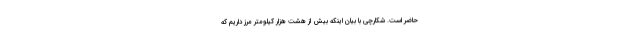
حاضر است. شکارچی با بیان اینکه بیش از هشت هزار کیلومتر مرز داریم که